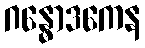
ဂန္ဓောဒကေန